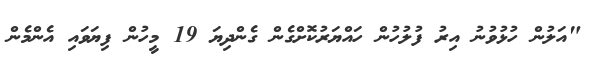
"އަލުން ހުޅުވުނު އިރު ފުލުހުން ހައްޔަރުކޮށްގެން ގެންދިޔަ 19 މީހުން ފިޔަވައި އެންމެން